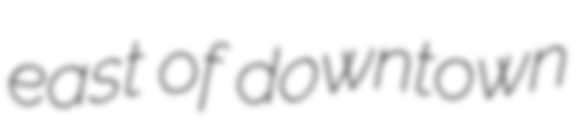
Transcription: east of downtown